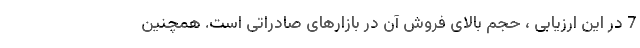
7 در این ارزیابی ، حجم بالای فروش آن در بازارهای صادراتی است. همچنین